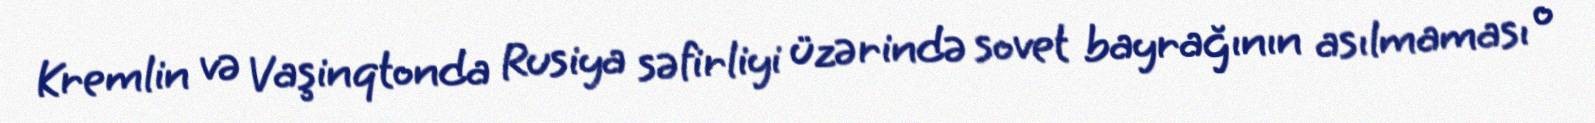
Kremlin və Vaşinqtonda Rusiya səfirliyi üzərində sovet bayrağının asılmaması o